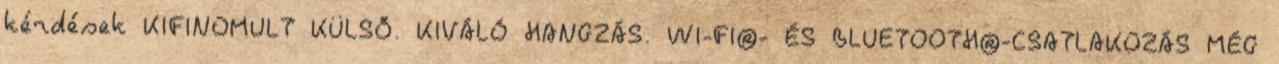
kérdések KIFINOMULT KÜLSŐ. KIVÁLÓ HANGZÁS. WI-FI®- ÉS BLUETOOTH®-CSATLAKOZÁS MÉG